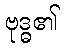
ဗုဒ္ဓ၏